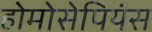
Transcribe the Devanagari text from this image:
होमोसेपियंस